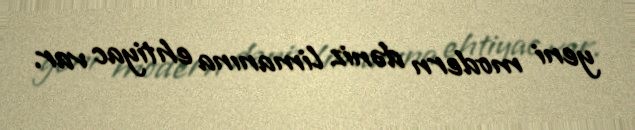
yeni modern dəniz limanına ehtiyac var.